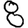
Digit: 8